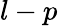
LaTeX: l-p